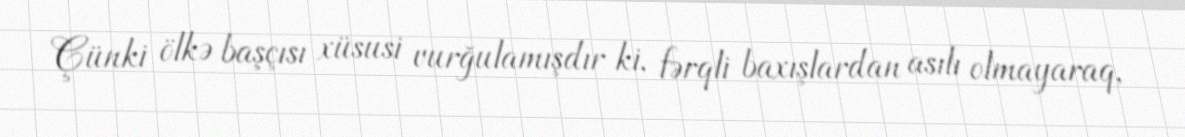
Çünki ölkə başçısı xüsusi vurğulamışdır ki, fərqli baxışlardan asılı olmayaraq,